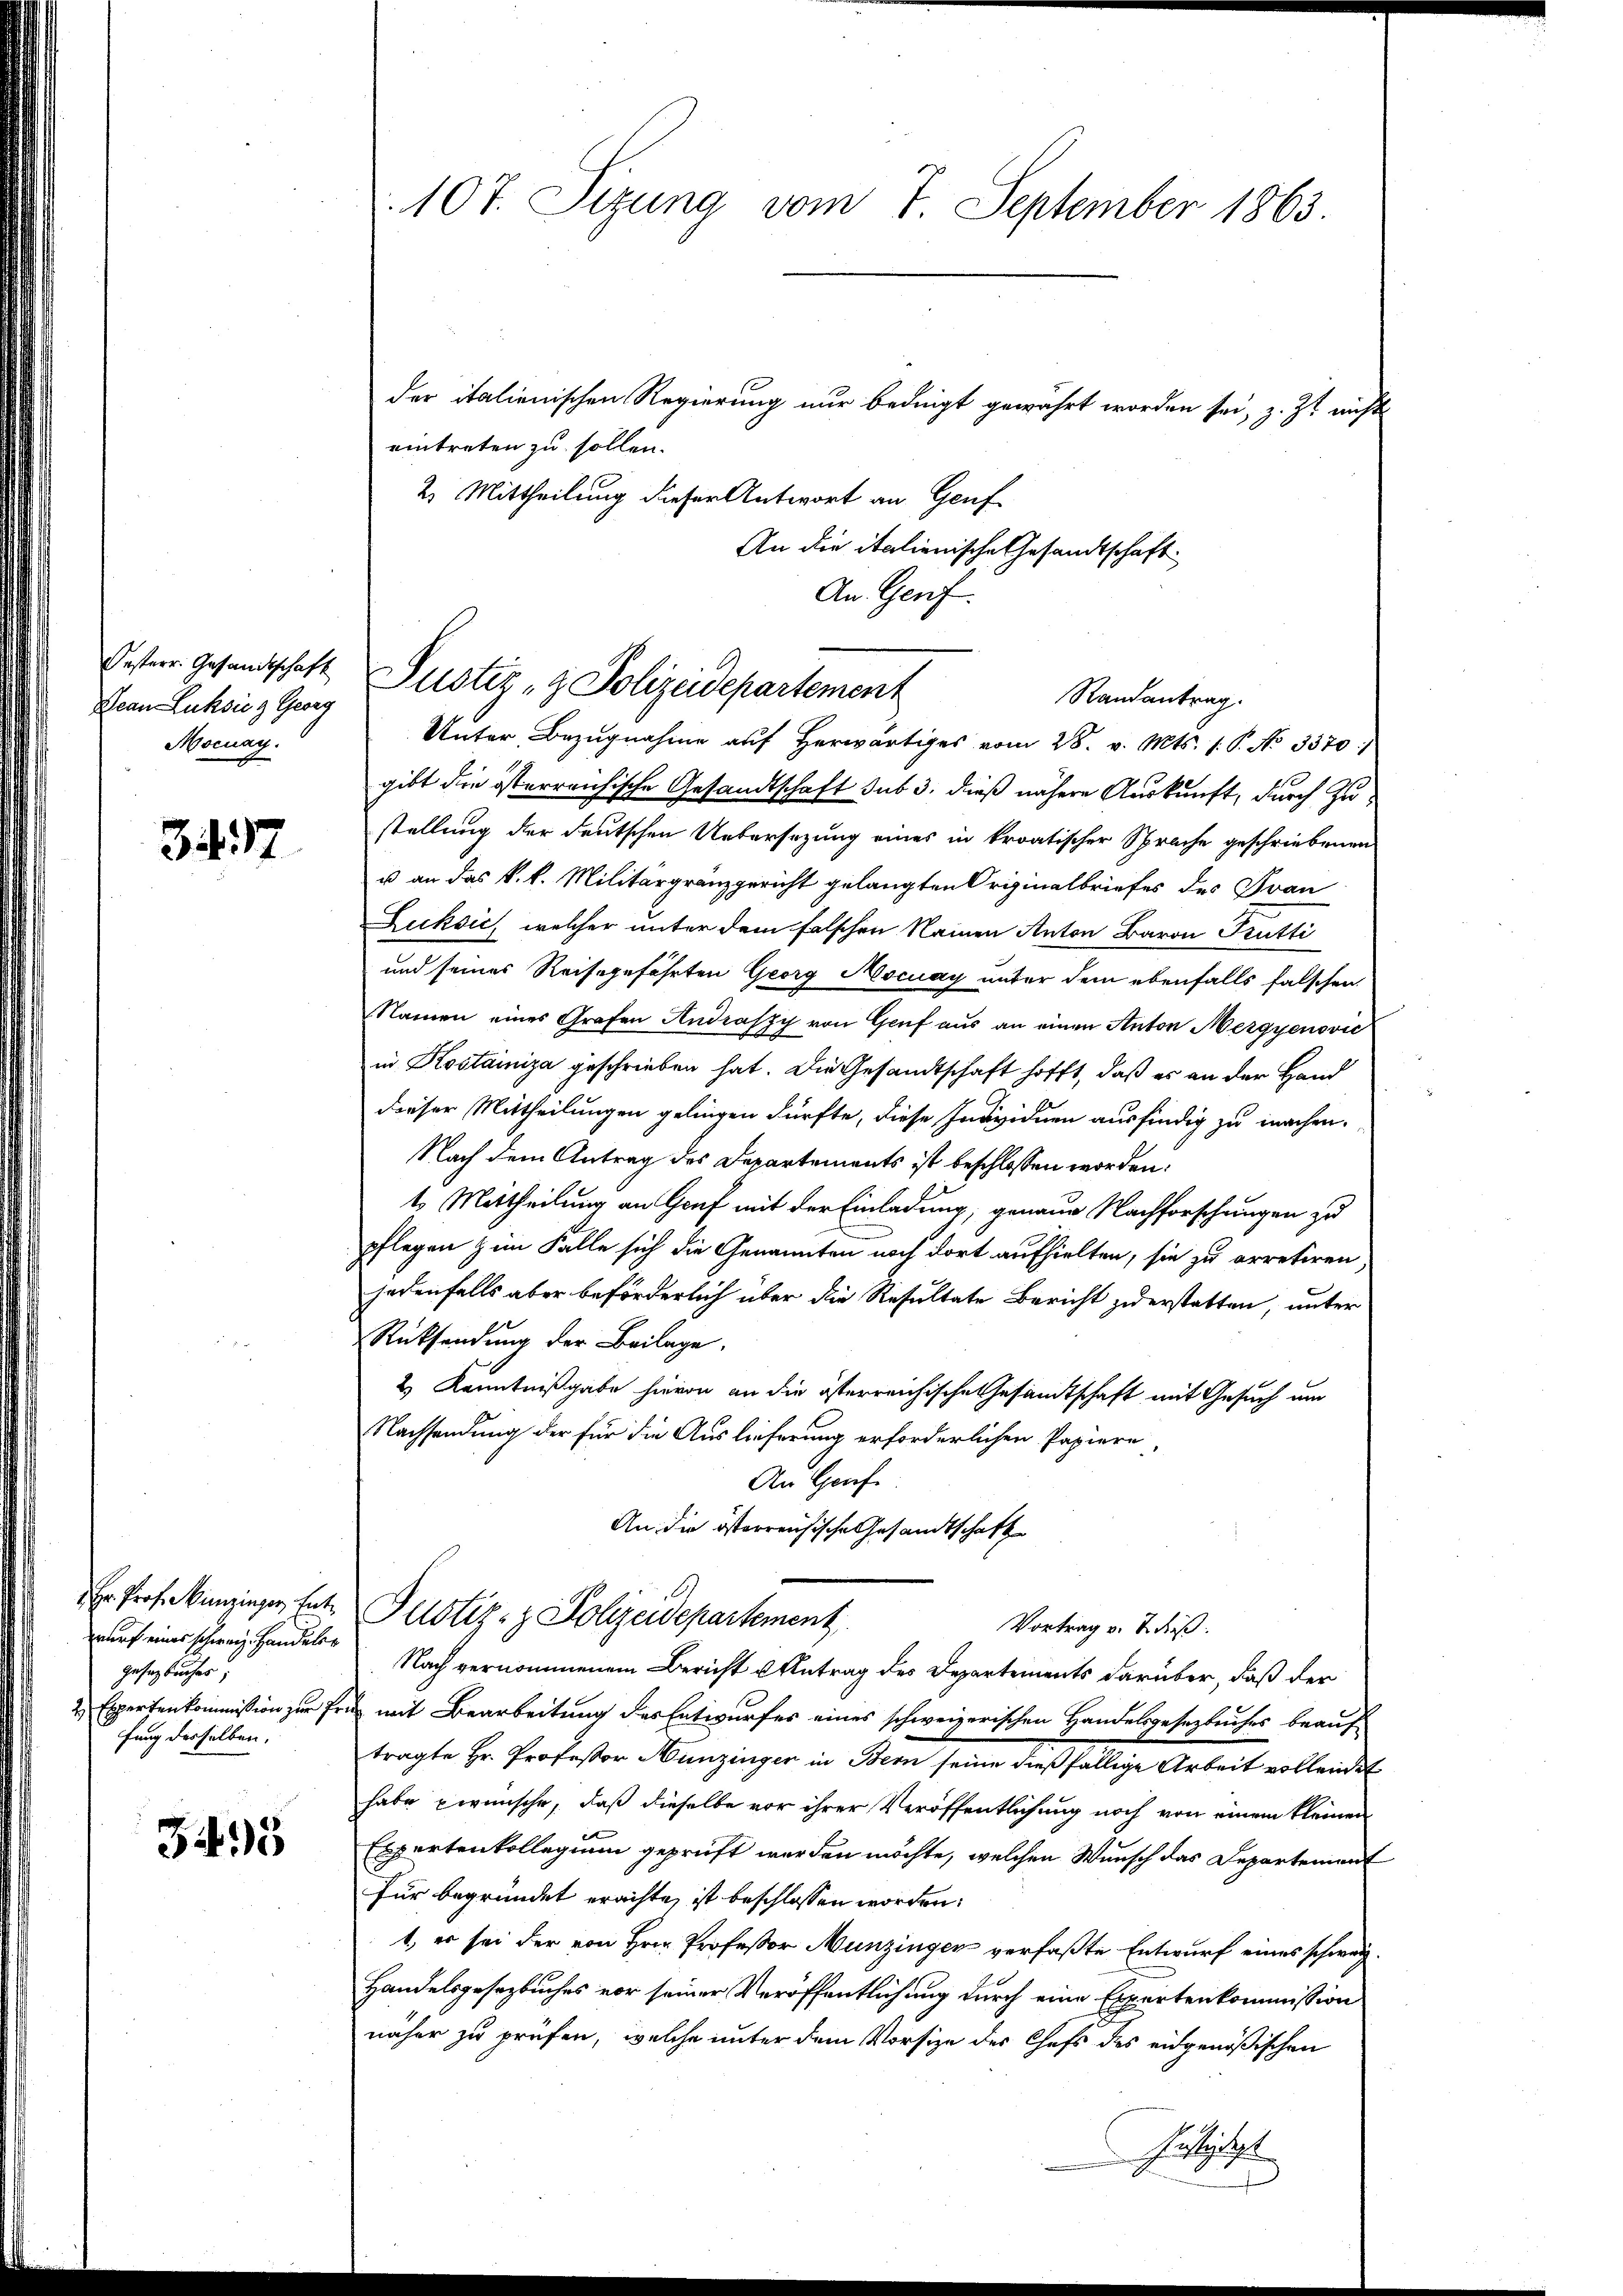
Oesterr. Gesandtschaft
Nean Luksie z. Georg
Mocnay.

3437

wurf eines schweiz. Handeler
Gesetzbuches;
fung derselben,

3495

107. Sizung vom 7. September 1863.

der italienischen Regierung nur bedingt gewährt worden sei, z. Zt. nichts
eintreten zu sollen.
2. Mittheilung dieser Antwort an Genf
An die italienische Gesandtschaft
An Genf.

Justiz- & Polizeidepartement
Randantrag.

Unter Bezugnahme auf herwärtiges vom 28. v. Mts. 1. P. No 3370/
gibt die österreichische Gesandtschaft sub 3. dieß nähere Auskunft, durch Zustellung der deutschen Uebersezung eines in kroatischer Sprache geschriebenen
u an das k. k. Militärgränzgericht gelangten Originalbriefes des Frau
Zucksich welcher unter dem falschen Namen Anton Baron Trutti
und seines Reisegefährten Georg Mocuay unter dem ebenfalls falschen.
Namen eines Grafen Andraszy von Gruf aus an einen Anton Mergyenović
in Kostainiza geschrieben hat. Die Gesandtschaft hofft, daß es an der Hand
dieser Mittheilungen gelingen dürfte, diese Individuen ausfindig zu machen.
Nach dem Antrag des Departements ist beschlossen worden.
t. Mertheilung an Genf mit der Einladung, genaue Nachforschungen zu
pflegen zum Falle sich die Genannten noch dort aufhielten, sie zu arretiren
jedenfalls aber beförderlich über die Resultate Bericht zu erstatten, unter
Rücksendung der Beilage.
2) Kenntnißgabe hievon an die österreichische Gesandtschaft mit Gesuch um
Nachsendung der für die Auslieferung erforderlichen Papiere,
An Genf
An die österreichische Gesandtschaft
Er Prof. Munzinger hat. Justiz- & Polizeidepartement
Vortrag v. u. dieß.
Nach vernommenem Bericht u Antrag des Departements darüber, daß der
2 Expertenkommission zur Frei mit Bearbeitung des Entwurfes eines schweizerischen Handelsgesetzbuches beauf
tragte Hr. Professor Hunzinger in Bern seine dießfällige Arbeit vollendet
habe zwünsche, daß dieselbe vor ihrer Veröffentlichung noch von einem kleinen
Expertenkollegium geprüft werden möchte, welchen Wunsch das Departement
Für begründet erachte, ist beschlossen worden:
1, er sei der von Hrn. Professor Munzingen verfaßte Entwurf eines schweiz.
Handelsgesezbuches vor seiner Veröffentlichung durch eine Expertenkommission
näher zu prüfen, welche unter dem Vorsize der Chefs des eidgenößischen
Justigtest